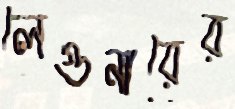
লেগুনারের